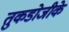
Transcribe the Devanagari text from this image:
तुकडोजीके